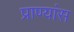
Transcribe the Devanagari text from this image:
प्राण्यांस